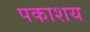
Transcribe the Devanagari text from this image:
पकाशय